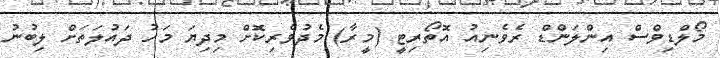
މޯލްޑިވްސް އިންލަންޑް ރެވެނިއު އޮތޯރިޓީ (މީރާ) މެދުވެރިކޮަށް މިދިޔަ މަހު ދައުލަތަށް ލިބުނު